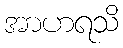
အာဟရသိ